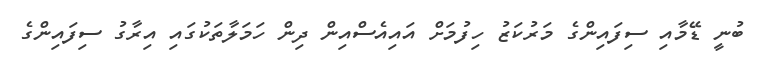
ބުނީ ޑޭމާއި ސިފައިންގެ މަރުކަޒު ހިފުމަށް އައިއެސްއިން ދިން ހަމަލާތަކުގައި އިރާގު ސިފައިންގެ